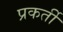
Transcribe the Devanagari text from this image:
प्रकर्ती